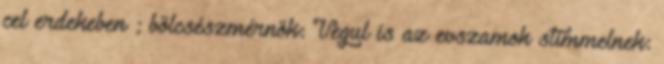
cel erdekeben ; bölcsészmérnök: Vegul is az evszamok stimmelnek: